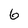
Character: 6